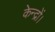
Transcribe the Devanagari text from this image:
केन्द्रों।